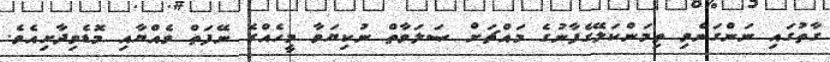
ގާތުގައި ނަންގަނެވި ތިމަންކަލޭގެފާނުގެ މައްޗަށް ޞަލަވާތް ނުކިޔަވާ މީހެއްގެ ނޭފަތް ވެއްޔާއި މޮޑެވިދާށިއެވެ.